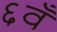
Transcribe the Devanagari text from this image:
६वँ